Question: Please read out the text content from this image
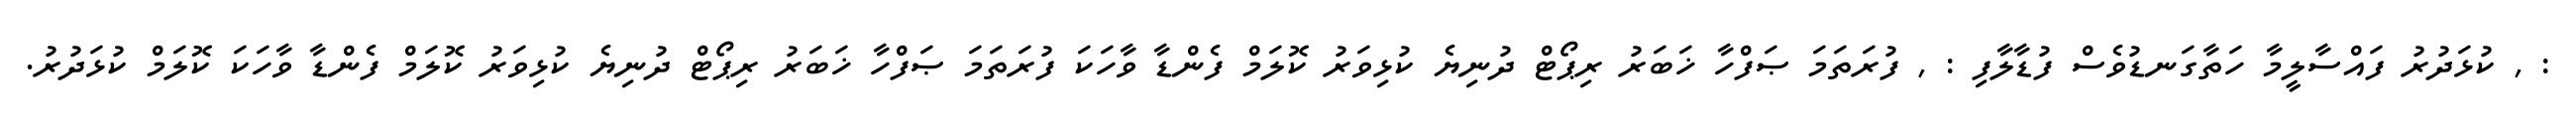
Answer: : , ކުޅަދުރު ފައްސާލީމާ ހަތާގަނޑުވެސް ފުޑާލާފި : , ފުރަތަމަ ޞަފްހާ ޚަބަރު ރިޕޯޓް ދުނިޔެ ކުޅިވަރު ކޮލަމް ފެންޑާ ވާހަކަ ފުރަތަމަ ޞަފްހާ ޚަބަރު ރިޕޯޓް ދުނިޔެ ކުޅިވަރު ކޮލަމް ފެންޑާ ވާހަކަ ކޮލަމް ކުޅަދުރު.